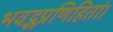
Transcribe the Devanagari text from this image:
भवद्भूप्रणिहितां।